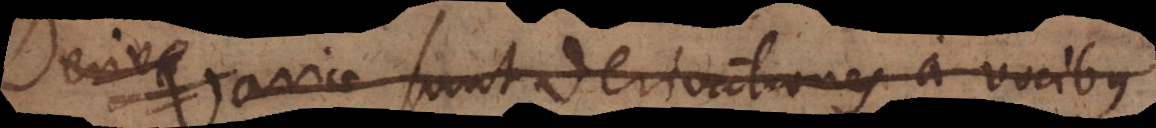
Deriva Variae sunt derivationes a vocibus